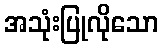
အသုံးပြုလိုသော